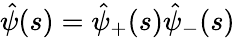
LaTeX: \hat{\psi}(s)=\hat{\psi}_{+}(s)\hat{\psi}_{-}(s)